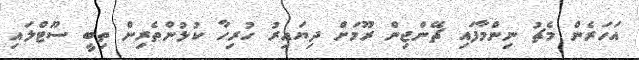
އަހަރެން މެޗު ނިންމާފައި ޗޭންޖިން ރޫމަށް ދިޔައިރު ހުރިހާ ކުޅުންތެރިން ތިބީ ސޫޓްލައި